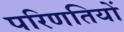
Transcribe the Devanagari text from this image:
परिणतियों